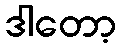
ဒါတော့